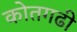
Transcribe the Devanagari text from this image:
कोतगढी